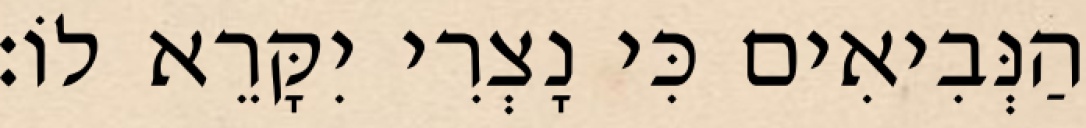
הַנְּבִיאִים כִּי נָצְרִי יִקָּרֵא לוֹ׃